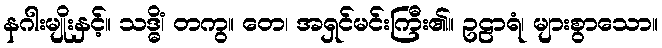
နဂါးမျိုးနှင့်။ သဒ္ဓိံ၊ တကွ။ တေ၊ အရှင်မင်းကြီး၏။ ဥဠာရံ၊ များစွာသော။